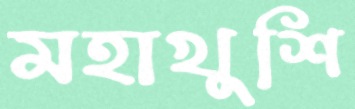
মহাখুশি